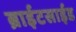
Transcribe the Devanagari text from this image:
ब्राईटसाईड